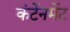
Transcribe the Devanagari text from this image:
कंटेंनमेंट